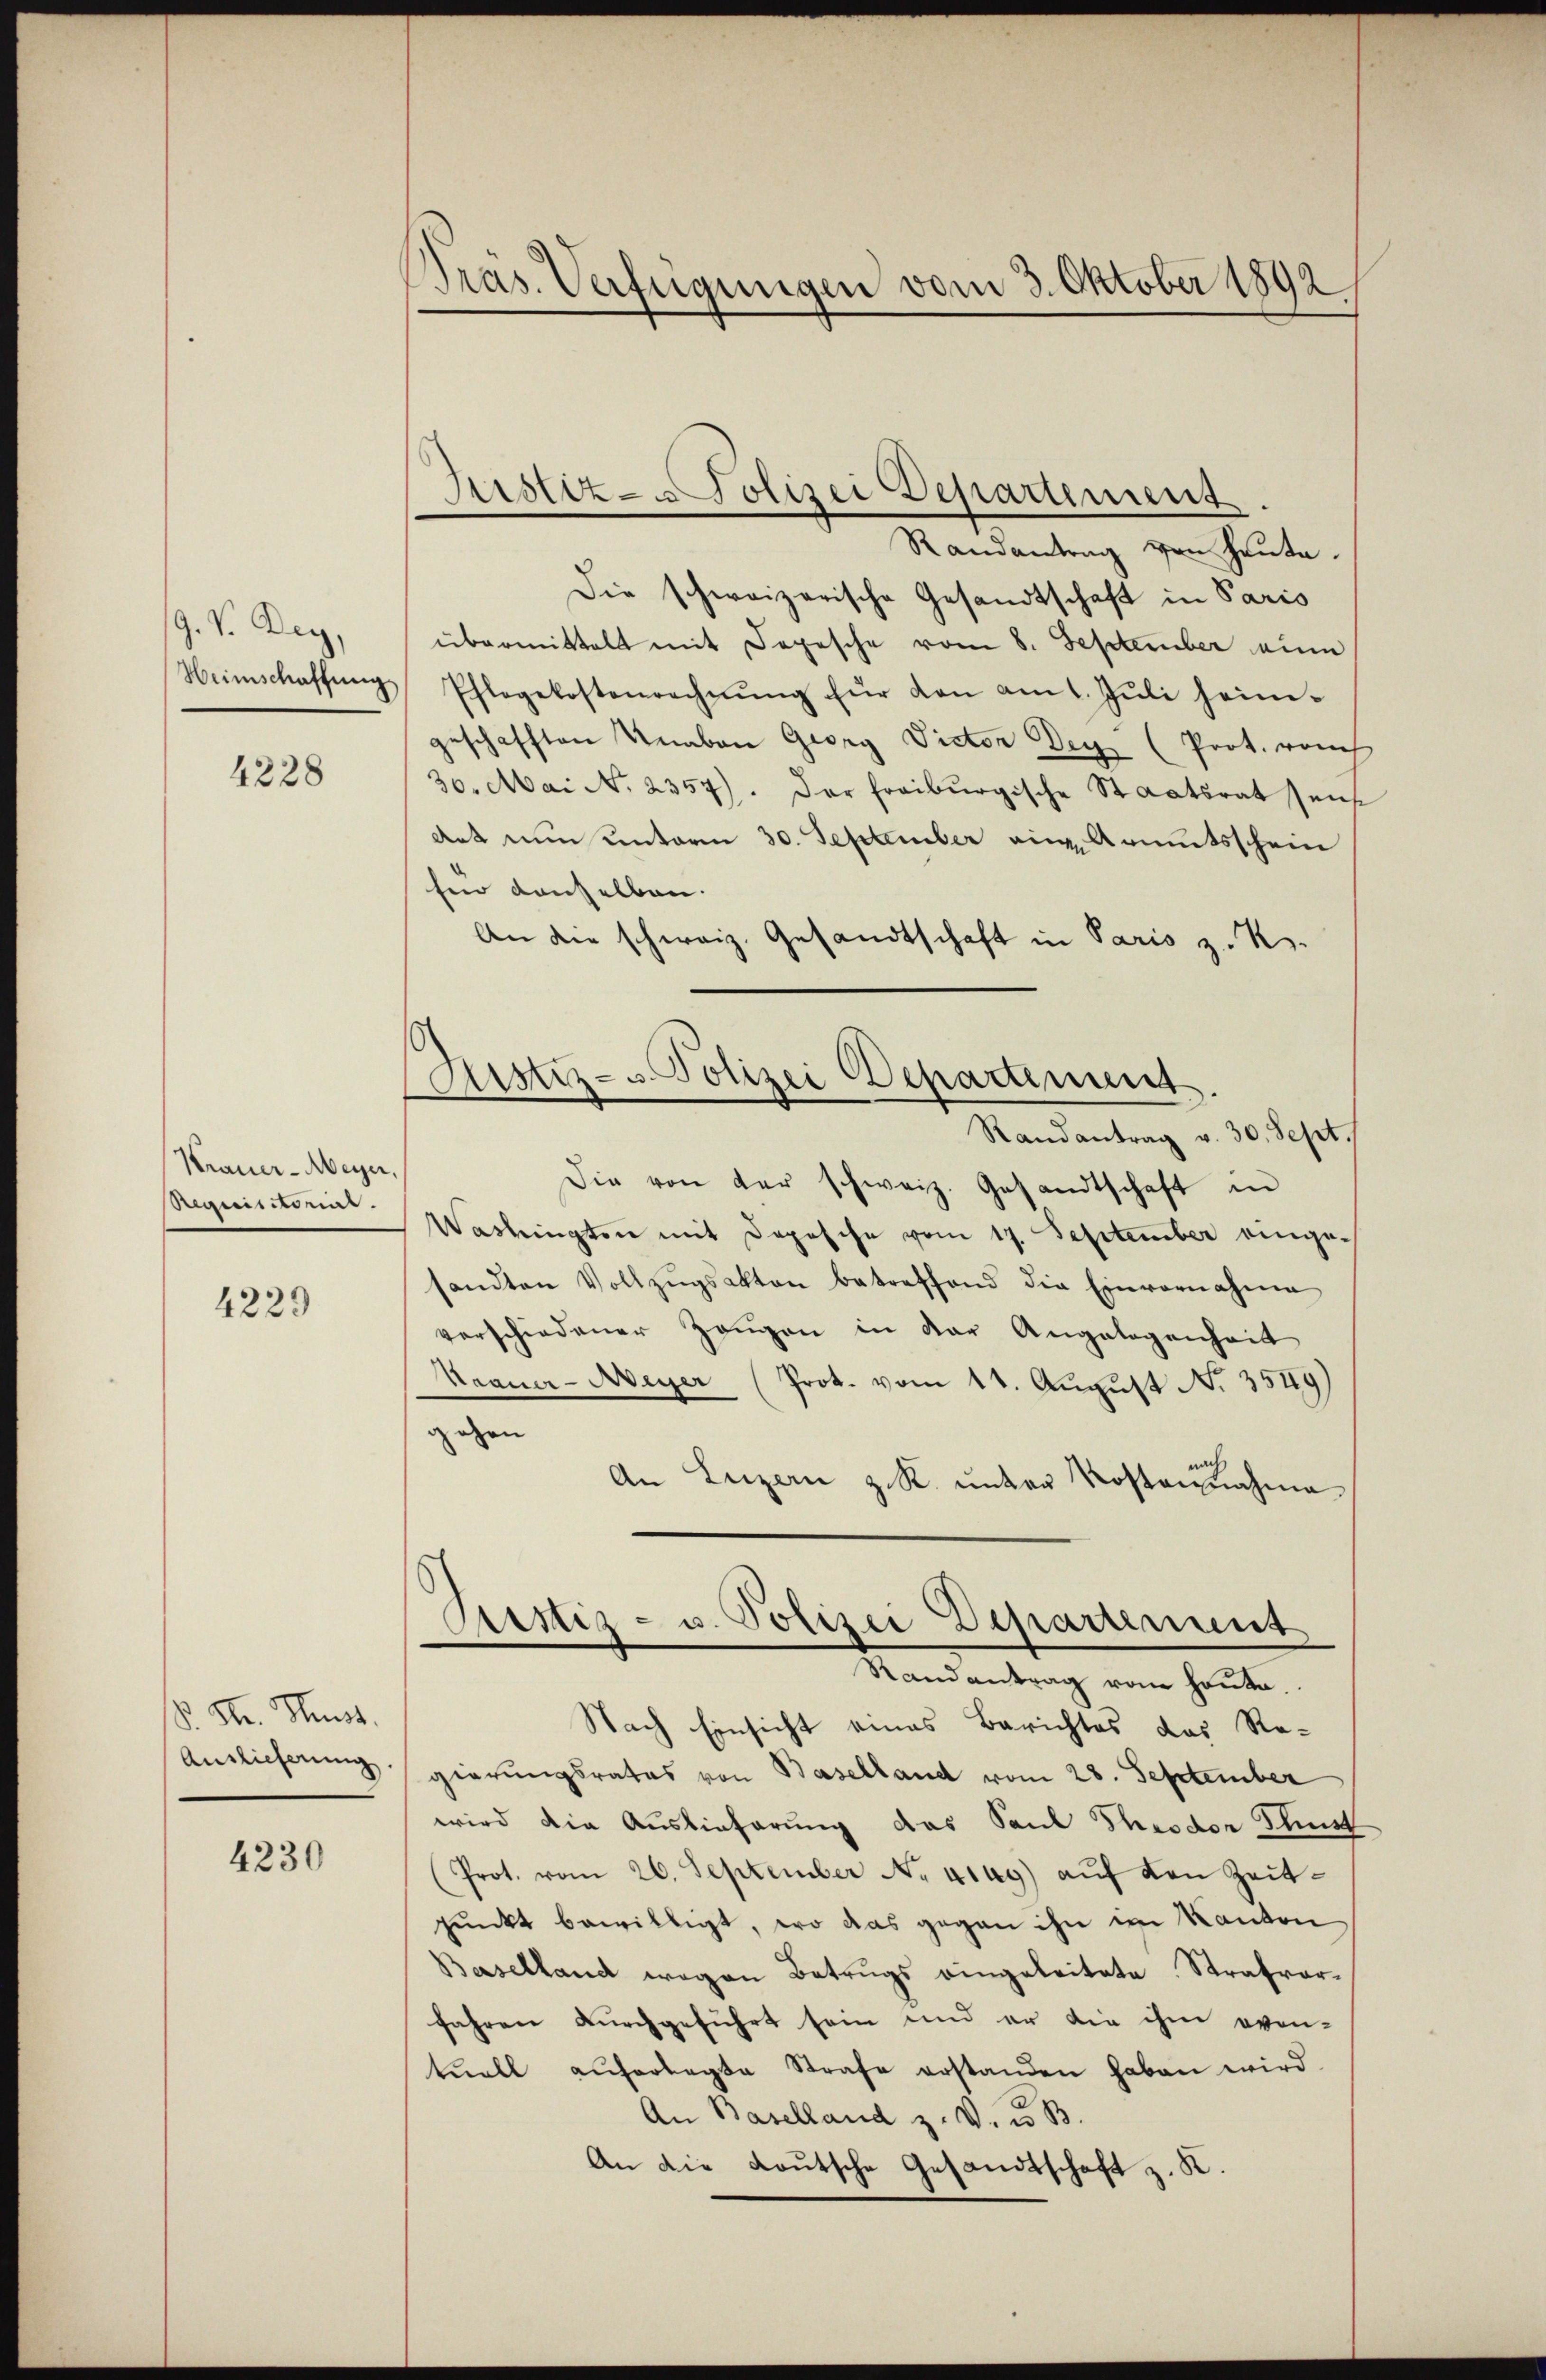
G. S. Bey,
Heimschaffung
4228

Krauer-Meyer,
Requisitorial.

4229

B. Str. Hust
Auslieferung

4230

Pras. Verfügungen vom 3. Oktober 1892.

Justiz - Polizei Departement.

Justiz- u. Polizei Departement.

Randantrag von heute.
Die schweizerische Gesandtschaft in Paris
übermittelt mit Depesche vom 8. September eine
Pflegekostenrechnŭng für den am 1. Jŭli seine
geschafften Knaben Georg Victor Der (Prot. vom
30. Mai No 2357). Der freiburgische Staatsrat sei
Art nun unterm 30. September ein Armutsschein
Ein denselben.
An die schweiz. Gesandtschaft in Paris z. R.
Randantrag v. 30. Sept.
Die von der schweiz. Gesandtschaft in
Washingten mit Depesche vom 17. September eingesandten Vollzŭgsakten betreffend die Einvernahme
verschiedener Zeŭgen in der Angelegenheit
Krauer-Meyer (Prot. vom 11. August No. 3549)
zehen
nach
An Luzern z. R. unter Kostennahme
Piustiz- u. Polizei Departement
Randantrag von heute.
Nach Einsicht eines Berichtes das Re-
gierungsrates von Baselland vom 28. September
wird die Auslieferung das Paul Theodor Klust
(Prot. vom 26. September No. 4149) aŭf den Zeit
punkt bewilligt, wo das gegen ihn im Kanton
Baselland wegen Betrugs eingeleitete Strafverfahren durchgeführt sein und er die ihm even-
tuell auferlegte Strafe erstanden haben wird.
An Baselland z. v. u. B
An die Lautsche Gesandtschaft z. K.